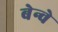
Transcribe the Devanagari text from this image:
बेन्वे